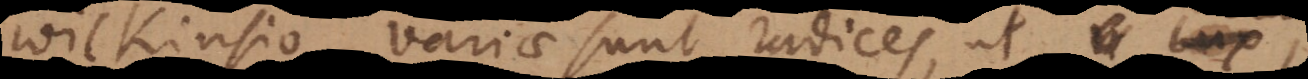
Wilkinsio variae sunt radices, ut lux